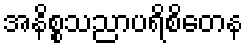
အနိစ္စသညာပရိစိတေန